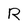
Character: R